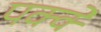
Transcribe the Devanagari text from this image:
पक्‍क्‍े